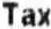
TAX